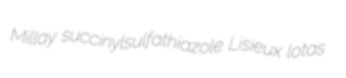
Millay succinylsulfathiazole Lisieux lotas